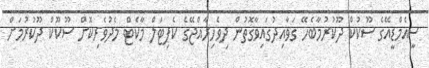
ސީއެމްޑީއޭގެ ސޫކުކް ދޫކުރުމާބެހޭ ގަވާއިދުގައިވާގޮތުން ދިވެހިރާއްޖޭގެ ކެޕިޓަލް މާކެޓް މެދުވެރިކޮށް ސޫކޫކް ދޫކުރުމަށް